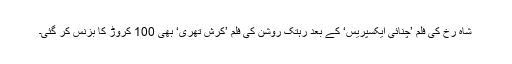
شاہ رخ کی فلم ’چنائی ایکسپریس‘ کے بعد رہتک روشن کی فلم ’کرش تھری‘ بھی 100 کروڑ کا بزنس کر گئی۔